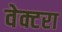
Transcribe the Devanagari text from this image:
वेक्टरा